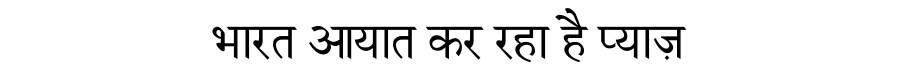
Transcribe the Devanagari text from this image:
भारत आयात कर रहा है प्याज़